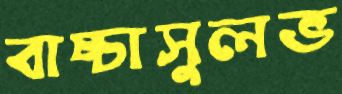
বাচ্চাসুলভ